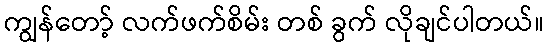
ကျွန်တော့် လက်ဖက်စိမ်း တစ် ခွက် လိုချင်ပါတယ်။